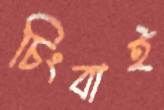
চিংবাই